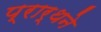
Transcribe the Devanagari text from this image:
प्रार्थने